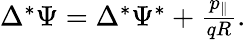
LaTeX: \begin{array}{r}{\Delta^{*}\Psi=\Delta^{*}\Psi^{*}+\frac{p_{\| }}{qR}.}\end{array}